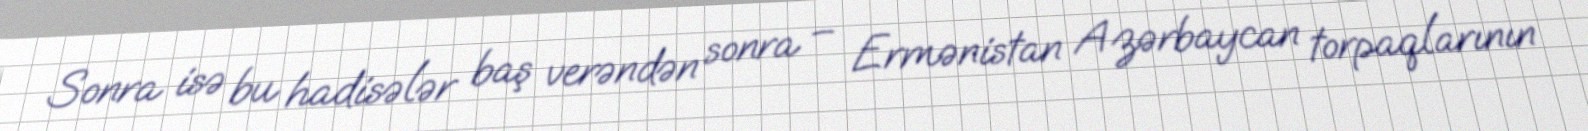
Sonra isə bu hadisələr baş verəndən sonra – Ermənistan Azərbaycan torpaqlarının